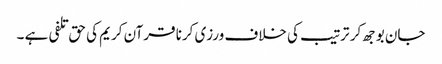
جان بوجھ کر ترتیب کی خلاف ورزی کرنا قرآن کریم کی حق تلفی ہے ۔